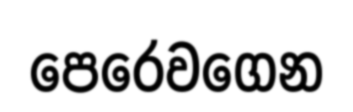
පෙරෙවගෙන